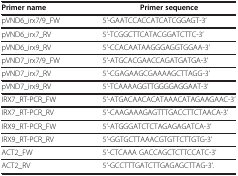
| Primer name | Primer sequence |
 | --- | --- |
 | pVND6_irx7/9_FW | 5’-GAATCCACCATCATCGGAGT-3’ |
 | pVND6_irx7_RV | 5’-TCGGCTTCATACGGATCTTC-3’ |
 | pVND6_irx9_RV | 5’-CCACAATAAGGGAGGTGGAA-3’ |
 | pVND7_irx7/9_FW | 5’-ATGCACGAACCAGATGATGA-3’ |
 | pVND7_irx7_RV | 5’-CGAGAAGCGAAAAGCTTAGG-3’ |
 | pVND7_irx9_RV | 5’-TCAAAAGGTTGGGGAGGAAT-3’ |
 | IRX7_RT-PCR_FW | 5’-ATGACAACACATAAACATAGAAGAAC-3’ |
 | IRX7_RT-PCR_RV | 5’-CAAGAAAGAGTTTGACCTTCTAACA-3’ |
 | IRX9_RT-PCR_FW | 5’-ATGGGATCTCTAGAGAGATCA-3’ |
 | IRX9_RT-PCR_RV | 5’-GGTGCTTAAACGTGTTCTTGTG-3’ |
 | ACT2_FW | 5’-CTCAAA GACCAGCTCTTCCATC-3’ |
 | ACT2_RV | 5’-GCCTTTGATCTTGAGAGCTTAG-3’. |